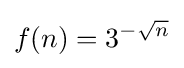
f(n)=3^{-{\sqrt {n}}}